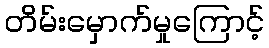
တိမ်းမှောက်မှုကြောင့်